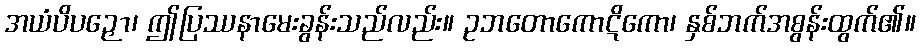
အယံပိပဉှော၊ ဤပြဿနာမေးခွန်းသည်လည်း။ ဥဘတောကောဋိကော၊ နှစ်ဘက်အစွန်းထွက်၏။